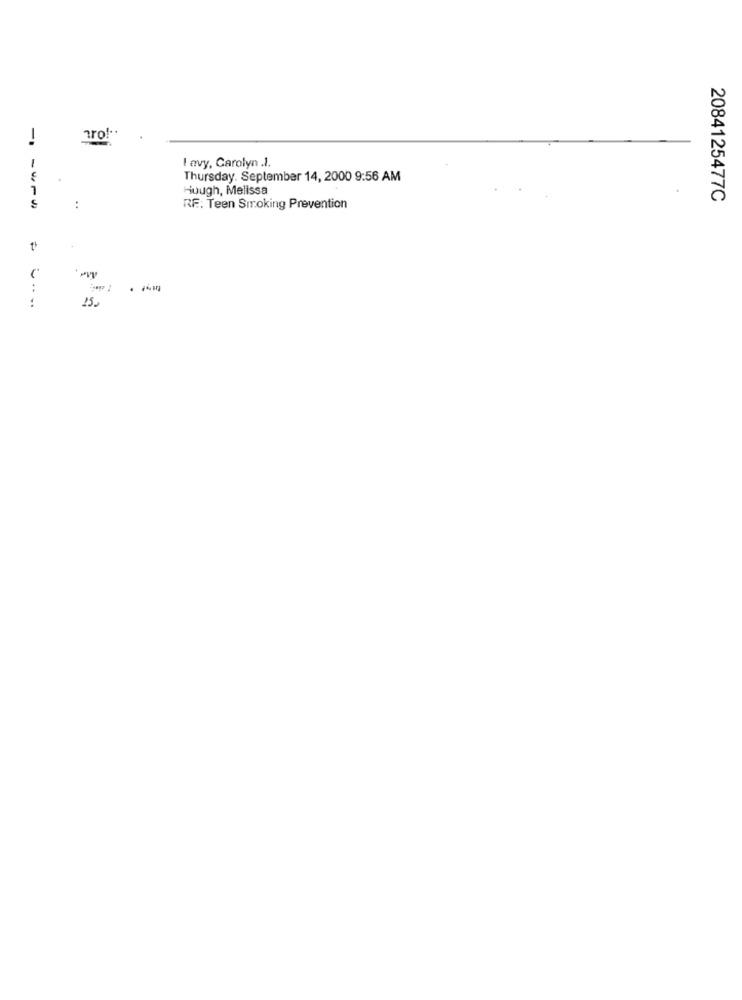
tro !..
-
I avy, Carolyn .1.
1
Thursday. September 14, 2000 9:56 AM
1
Huugh, Melissa
2084125477C
:
RF: Teen Smoking Prevention
:
.-
15.
..